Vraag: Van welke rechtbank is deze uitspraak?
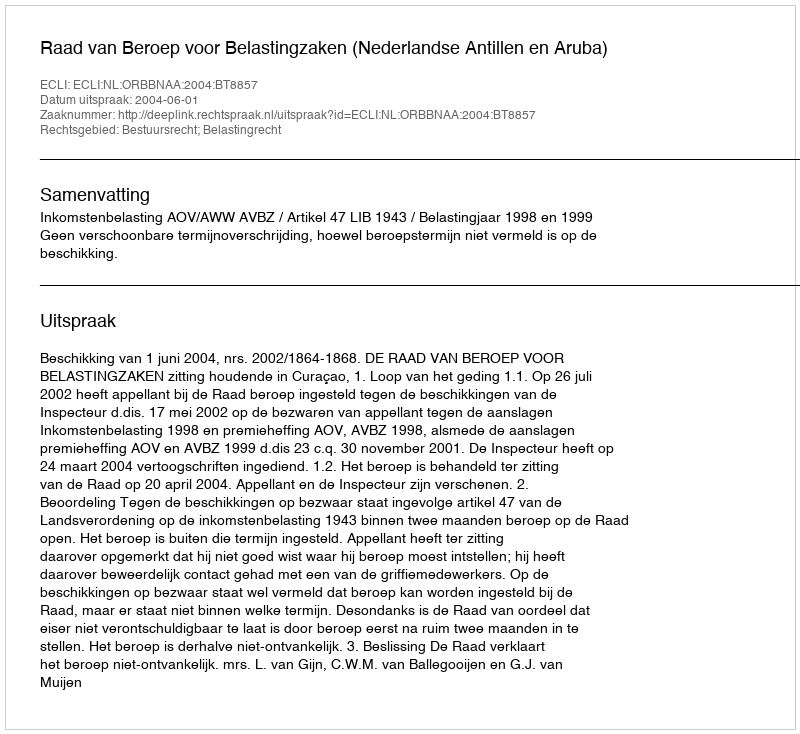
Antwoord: Raad van Beroep voor Belastingzaken (Nederlandse Antillen en Aruba)